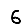
Digit: 6